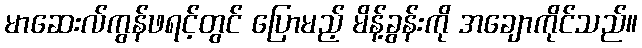
မာဆေးလ်ကွန်ဖရင့်တွင် ပြောမည့် မိန့်ခွန်းကို အချောကိုင်သည်။